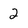
Character: 2